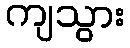
ကျသွား